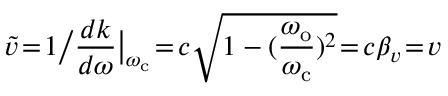
\widetilde { v } \! = \! 1 \big / \frac { d k } { d \omega } \big | _ { \omega _ { \mathrm { c } } } \! = \! c \sqrt { 1 - ( \frac { \omega _ { \mathrm { o } } } { \omega _ { \mathrm { c } } } ) ^ { 2 } } \! = \! c \beta _ { v } \! = \! v